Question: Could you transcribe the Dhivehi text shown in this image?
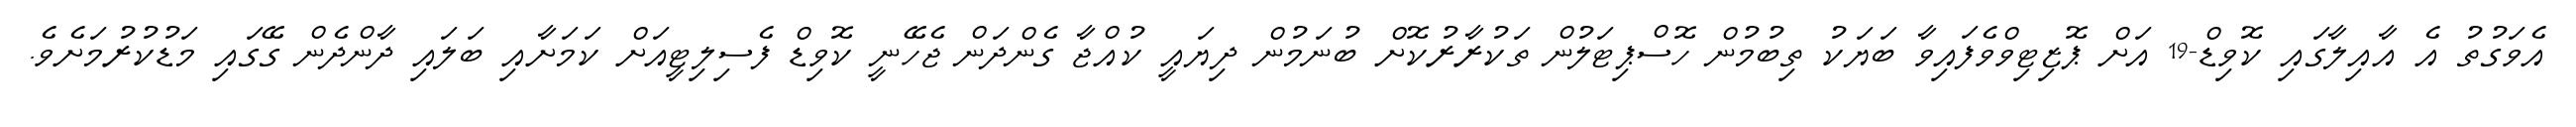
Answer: އެވަގުތު އެ އާއިލާގައި ކޮވިޑް-19 އަށް ޕޮޒިޓިވްވެފައިވާ ބަޔަކު ތިބުމުން ހޮސްޕިޓަލުން ތަކުރާރުކޮށް ބުނަމުން ދިޔައީ ކުއްޖާ ގެންދަން ޖެހޭނީ ކޮވިޑް ފެސިލިޓީއަށް ކަމަށާއި ބަލައި ދާންދެން ގޭގައި މަޑުކުރުމަށެވެ.